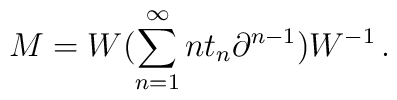
M = W (\sum_{n=1}^\infty n t_n \partial^{n-1}) W^{-1}\,.